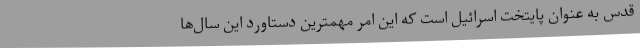
قدس به عنوان پایتخت اسرائیل است که این امر مهمترین دستاورد این سال‌ها